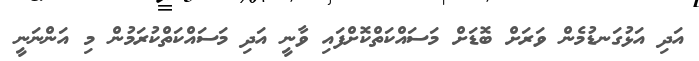
އަދި އަޅުގަނޑުމެން ވަރަށް ބޮޑަށް މަސައްކަތްކޮށްފައި ވާނީ އަދި މަސައްކަތްކުރަމުން މި އަންނަނީ